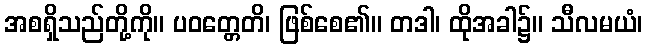
အစရှိသည်တို့ကို။ ပဝတ္တေတိ၊ ဖြစ်စေ၏။ တဒါ၊ ထိုအခါ၌။ သီလမယံ၊